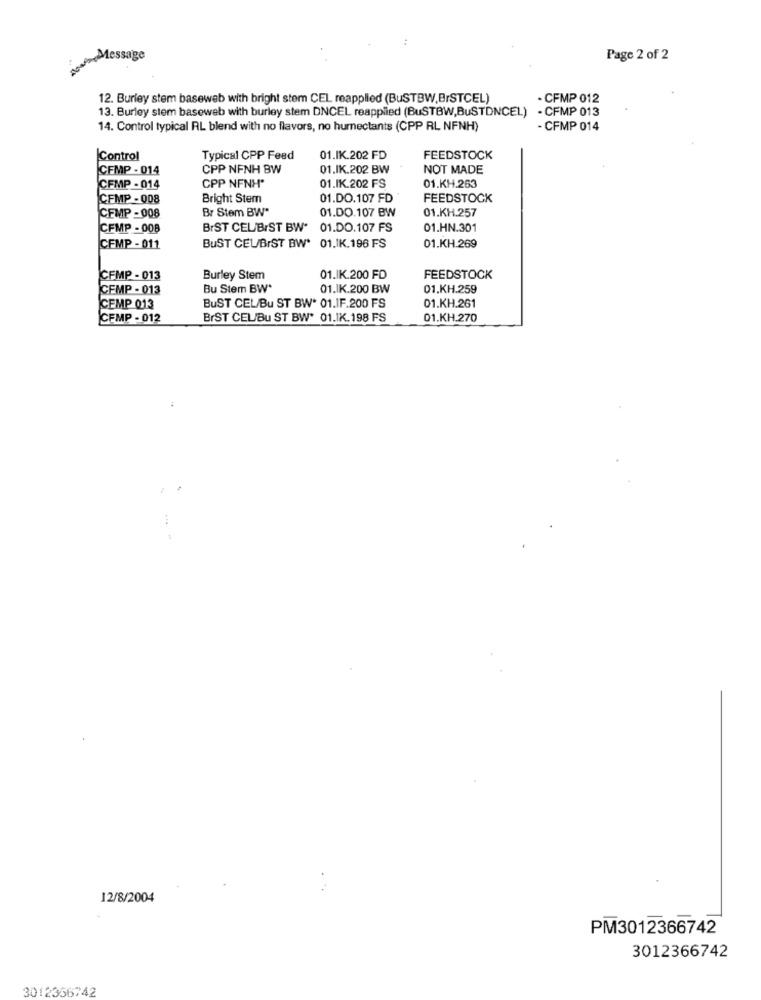
NoweMessage
Page 2 of 2
12. Burley stem baseweb with bright stem CEL reapplied (BuSTBW,BrSTCEL)
- CFMP 012
13. Burley stem baseweb with burley stem DNCEL reapplied (BuSTBW,BuSTDNCEL) - CFMP 013
14. Control typical RL blend with no flavors, no humectants (CPP RL NFNH)
- CFMP 014
Control
Typical CPP Feed
01.IK.202 FD
FEEDSTOCK
CFMP - 014
CPP NFNH BW
01.IK.202 BW
NOT MADE
CFMP -014
CPP NENH'
01.IK.202 FS
01.KH.263
CEMP - 008
Bright Stem
01.DO.107 FD
FEEDSTOCK
Br Stem BW"
01.DO.107 BW
01.KH.257
CEMP - 008
CFMP - 008
BIST CELBIST BW* 01.DO.107 FS
01.HN.301
01.K.H.269
CFMP - 011
BUST CEUBIST BW* 01.1K.196 FS
CEMP - 013
Burley Stem
01.IK.200 FD
FEEDSTOCK
CEMP - 013
Bu Stem BW*
01.IK.200 BW
01.KH.259
CEMP 013
BUST CEL/Bu ST BW* 01.IF.200 FS
01.KH.261
CEMP - 012
BrST CEL/Bu ST BW* 01.IK.198 FS
01.KH.270
12/8/2004
PM3012366742
3012366742
3012356742